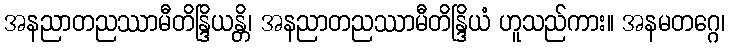
အနညာတညဿာမီတိန္ဒြိယန္တိ၊ အနညာတညဿာမီတိန္ဒြိယံ ဟူသည်ကား။ အနမတဂ္ဂေ၊